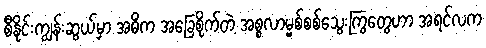
စီနိုင်းကျွန်းဆွယ်မှာ အဓိက အခြေစိုက်တဲ့ အစ္စလာမ္မစ်စစ်သွေးကြွတွေဟာ အရင်လက